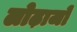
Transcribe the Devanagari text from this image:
लोढ़ाजो